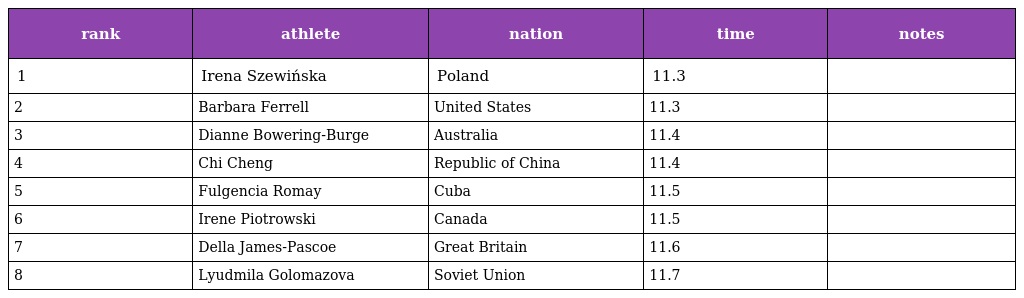
| rank | athlete | nation | time | notes |
 | --- | --- | --- | --- | --- |
 | 1 | Irena Szewińska | Poland | 11.3 |  |
 | 2 | Barbara Ferrell | United States | 11.3 |  |
 | 3 | Dianne Bowering-Burge | Australia | 11.4 |  |
 | 4 | Chi Cheng | Republic of China | 11.4 |  |
 | 5 | Fulgencia Romay | Cuba | 11.5 |  |
 | 6 | Irene Piotrowski | Canada | 11.5 |  |
 | 7 | Della James-Pascoe | Great Britain | 11.6 |  |
 | 8 | Lyudmila Golomazova | Soviet Union | 11.7 |  |